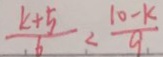
\frac { k + 5 } { 6 } < \frac { 1 0 - k } { 9 }